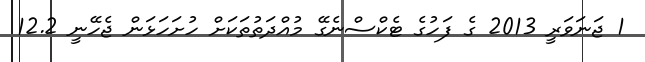
1 ޖަނަވަރީ 2013 ގެ ފަހުގެ ޓެކްސްނެގޭ މުއްދަތުތަކަށް ހުށަހަޅަން ޖެހޭނީ 12.2